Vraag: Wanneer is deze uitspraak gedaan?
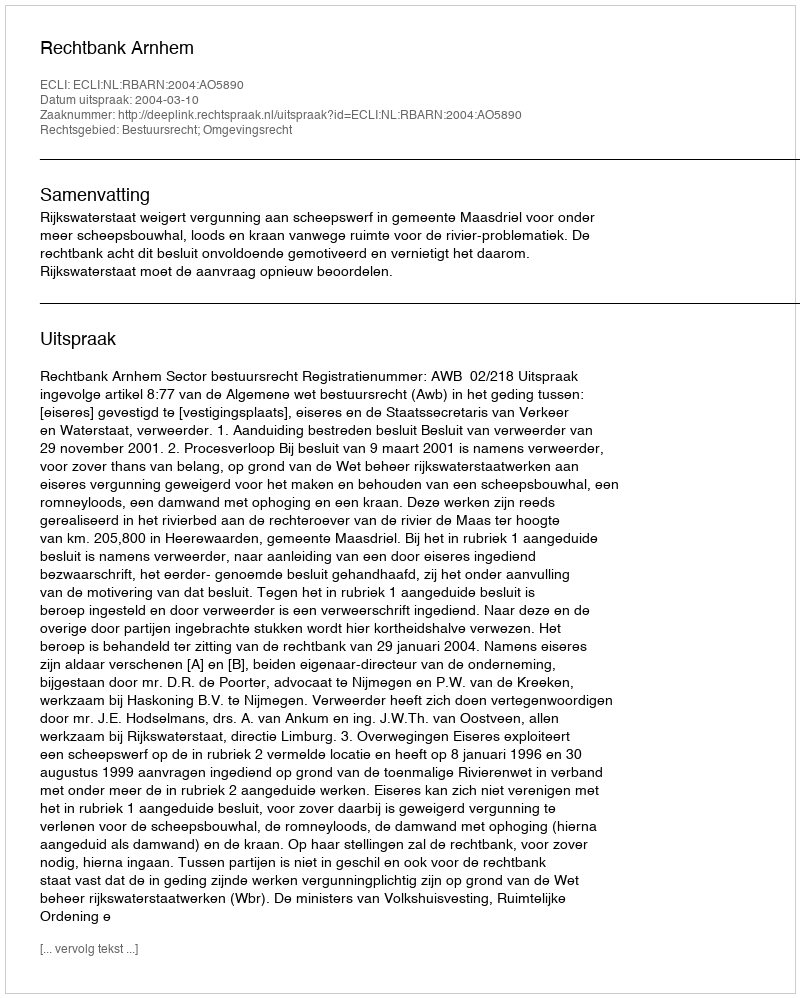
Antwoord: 2004-03-10